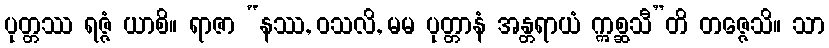
ပုတ္တဿ ရဇ္ဇံ ယာစိ။ ရာဇာ “နဿ, ဝသလိ, မမ ပုတ္တာနံ အန္တရာယံ ဣစ္ဆသီ”တိ တဇ္ဇေသိ။ သာ